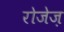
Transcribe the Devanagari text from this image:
रोजेज़